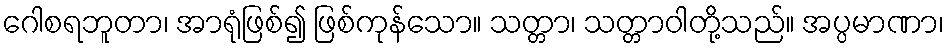
ဂေါစရဘူတာ၊ အာရုံဖြစ်၍ ဖြစ်ကုန်သော။ သတ္တာ၊ သတ္တာဝါတို့သည်။ အပ္ပမာဏာ၊